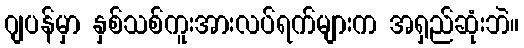
ဂျပန်မှာ နှစ်သစ်ကူးအားလပ်ရက်များက အရှည်ဆုံးဘဲ။